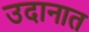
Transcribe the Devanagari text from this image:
उदानात